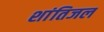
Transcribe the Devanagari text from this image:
शांतिजल